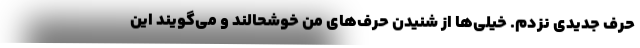
حرف جدیدی نزدم. خیلی‌ها از شنیدن حرف‌های من خوشحالند و می‌گویند این